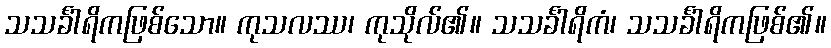
သသင်္ခါရိကဖြစ်သော။ ကုသလဿ၊ ကုသိုလ်၏။ သသင်္ခါရိကံ၊ သသင်္ခါရိကဖြစ်၏။